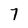
Character: 7